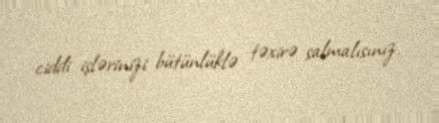
ciddi işlərinizi bütünlüklə təxirə salmalısınız.